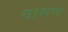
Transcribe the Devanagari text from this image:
वामण